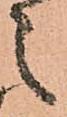
之